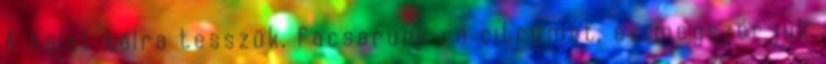
A halat tálra tesszük, facsarunk rá citromot, és megszórjuk